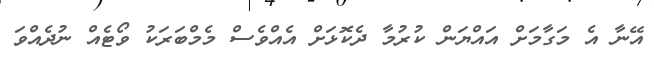
އޭނާ އެ މަގާމަށް އައްޔަން ކުރުމާ ދެކޮޅަށް އެއްވެސް މެމްބަރަކު ވޯޓެއް ނުދެއްވަ